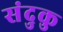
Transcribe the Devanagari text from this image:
संदुकु